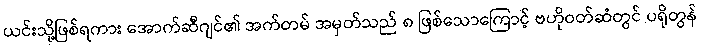
ယင်းသို့ဖြစ်ရကား အောက်ဆီဂျင်၏ အက်တမ် အမှတ်သည် ၈ ဖြစ်သောကြောင့် ဗဟိုဝတ်ဆံတွင် ပရိုတွန်